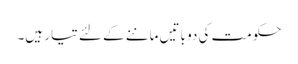
حکومت کی دو باتیں ماننے کے لئے تیار ہیں۔